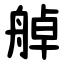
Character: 䑲